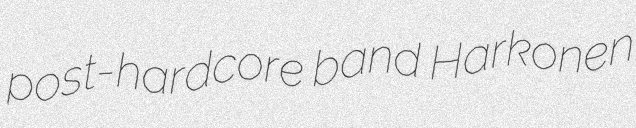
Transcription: post-hardcore band Harkonen